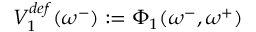
V _ { 1 } ^ { d e f } ( \omega ^ { - } ) : = \Phi _ { 1 } ( \omega ^ { - } , \omega ^ { + } )